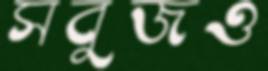
সবুজও